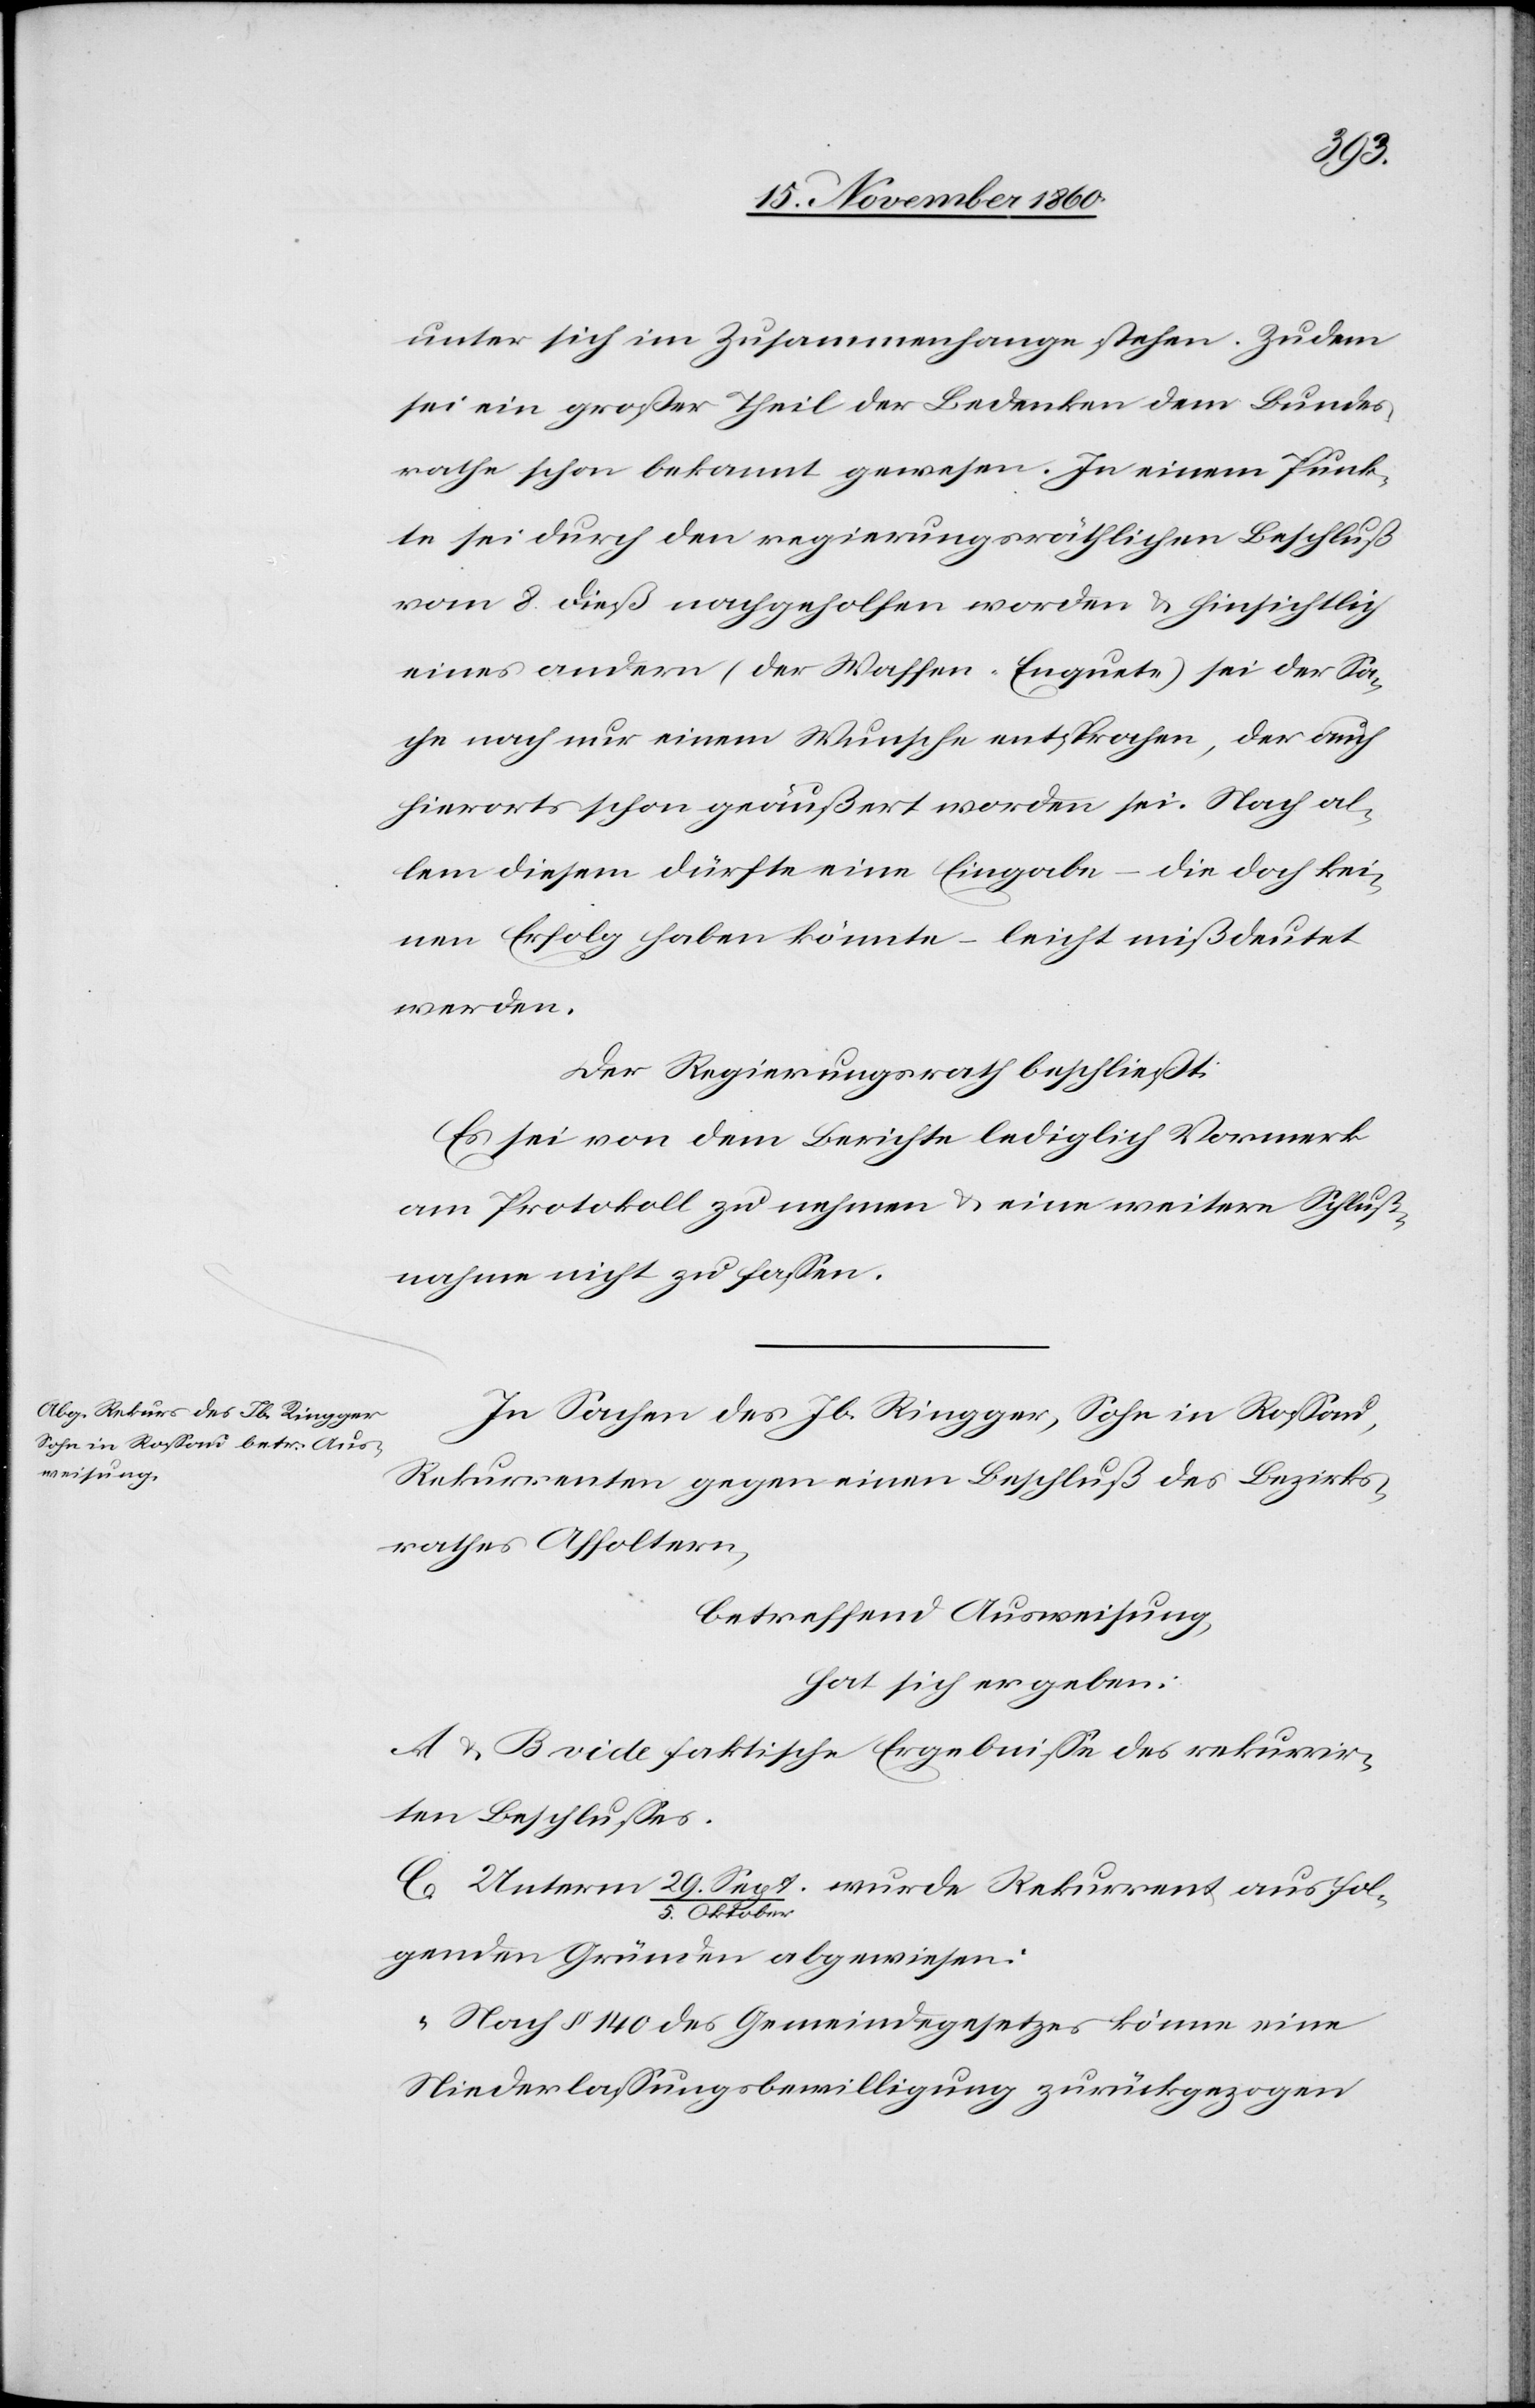
fol¬
unter sich im Zusammenhange stehen. Zudem
sei ein großer Theil der Bedenken dem Bundes¬
rathe schon bekannt gewesen. In einem Punk¬
te sei durch den regierungsräthlichen Beschluß
vom 8. dieß nachgeholfen worden u. hinsichtlich
eines andern (der Waffen-Enquete) sei der Sa¬
che nach nur einem Wunsche entsprochen, der auch
hierorts schon geäußert worden sei. Nach al¬
lem diesem dürfte eine Eingabe – die doch kei¬
nen Erfolg haben könnte – leicht mißdeutet
werden.
Der Regierungsrath beschließt:
Es sei von dem Berichte lediglich Vormerk
am Protokoll zu nehmen u. eine weitere Schluß¬
nahme nicht zu fassen.
In Sachen des Jb. Ringger, Sohn in Rossau,
Rekurrenten gegen einen Beschluß des Bezirks¬
rathes Affoltern,
betreffend Ausweisung,
hat sich ergeben:
A u. B vide faktische Ergebnisse des rekurrir¬
ten Beschlusses.
5. Oktober
genden Gründen abgewiesen:
„Nach § 140 des Gemeindegesetzes könne eine
Niederlassungsbewilligung zurückgezogen